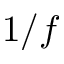
1 / f